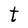
Character: t